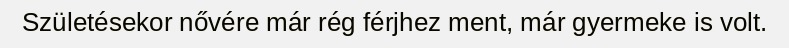
Születésekor nővére már rég férjhez ment, már gyermeke is volt.